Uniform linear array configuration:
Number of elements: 16
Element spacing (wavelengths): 0.5
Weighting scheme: cosine
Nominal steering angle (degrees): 45
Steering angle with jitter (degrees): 44.621
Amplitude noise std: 0.05
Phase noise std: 0.05

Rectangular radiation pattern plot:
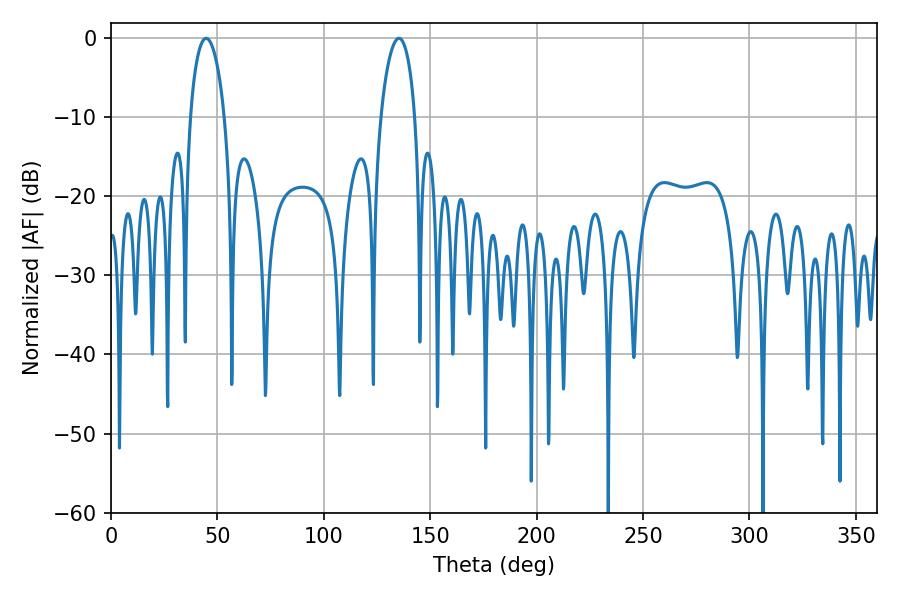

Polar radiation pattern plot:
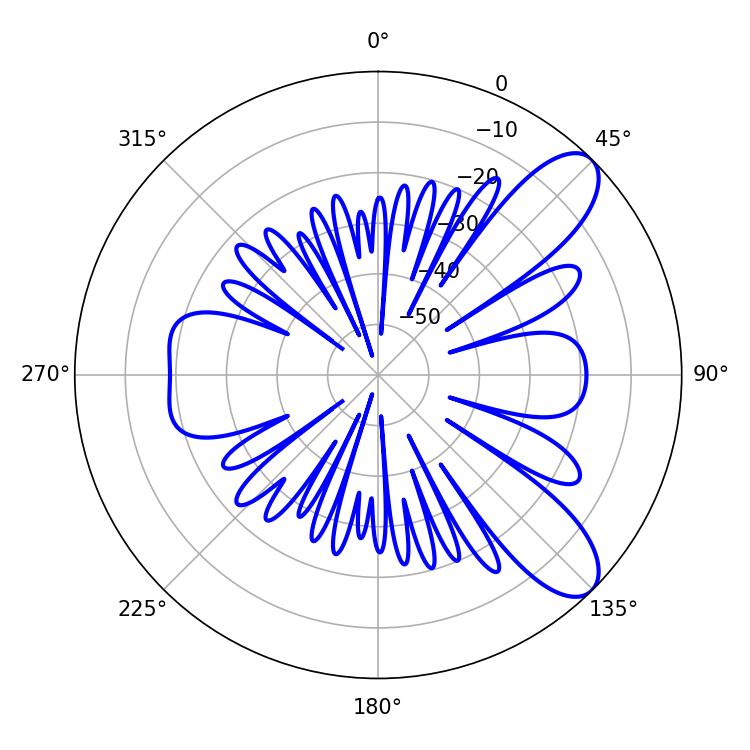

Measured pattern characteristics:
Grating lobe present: FALSE
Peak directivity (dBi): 9.201
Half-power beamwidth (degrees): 9.18
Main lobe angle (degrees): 44.64